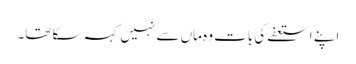
اپنے استعفے کی بات وہ ماں سے نہیں کہہ سکا تھا۔